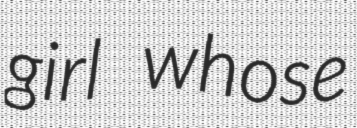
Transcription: girl whose